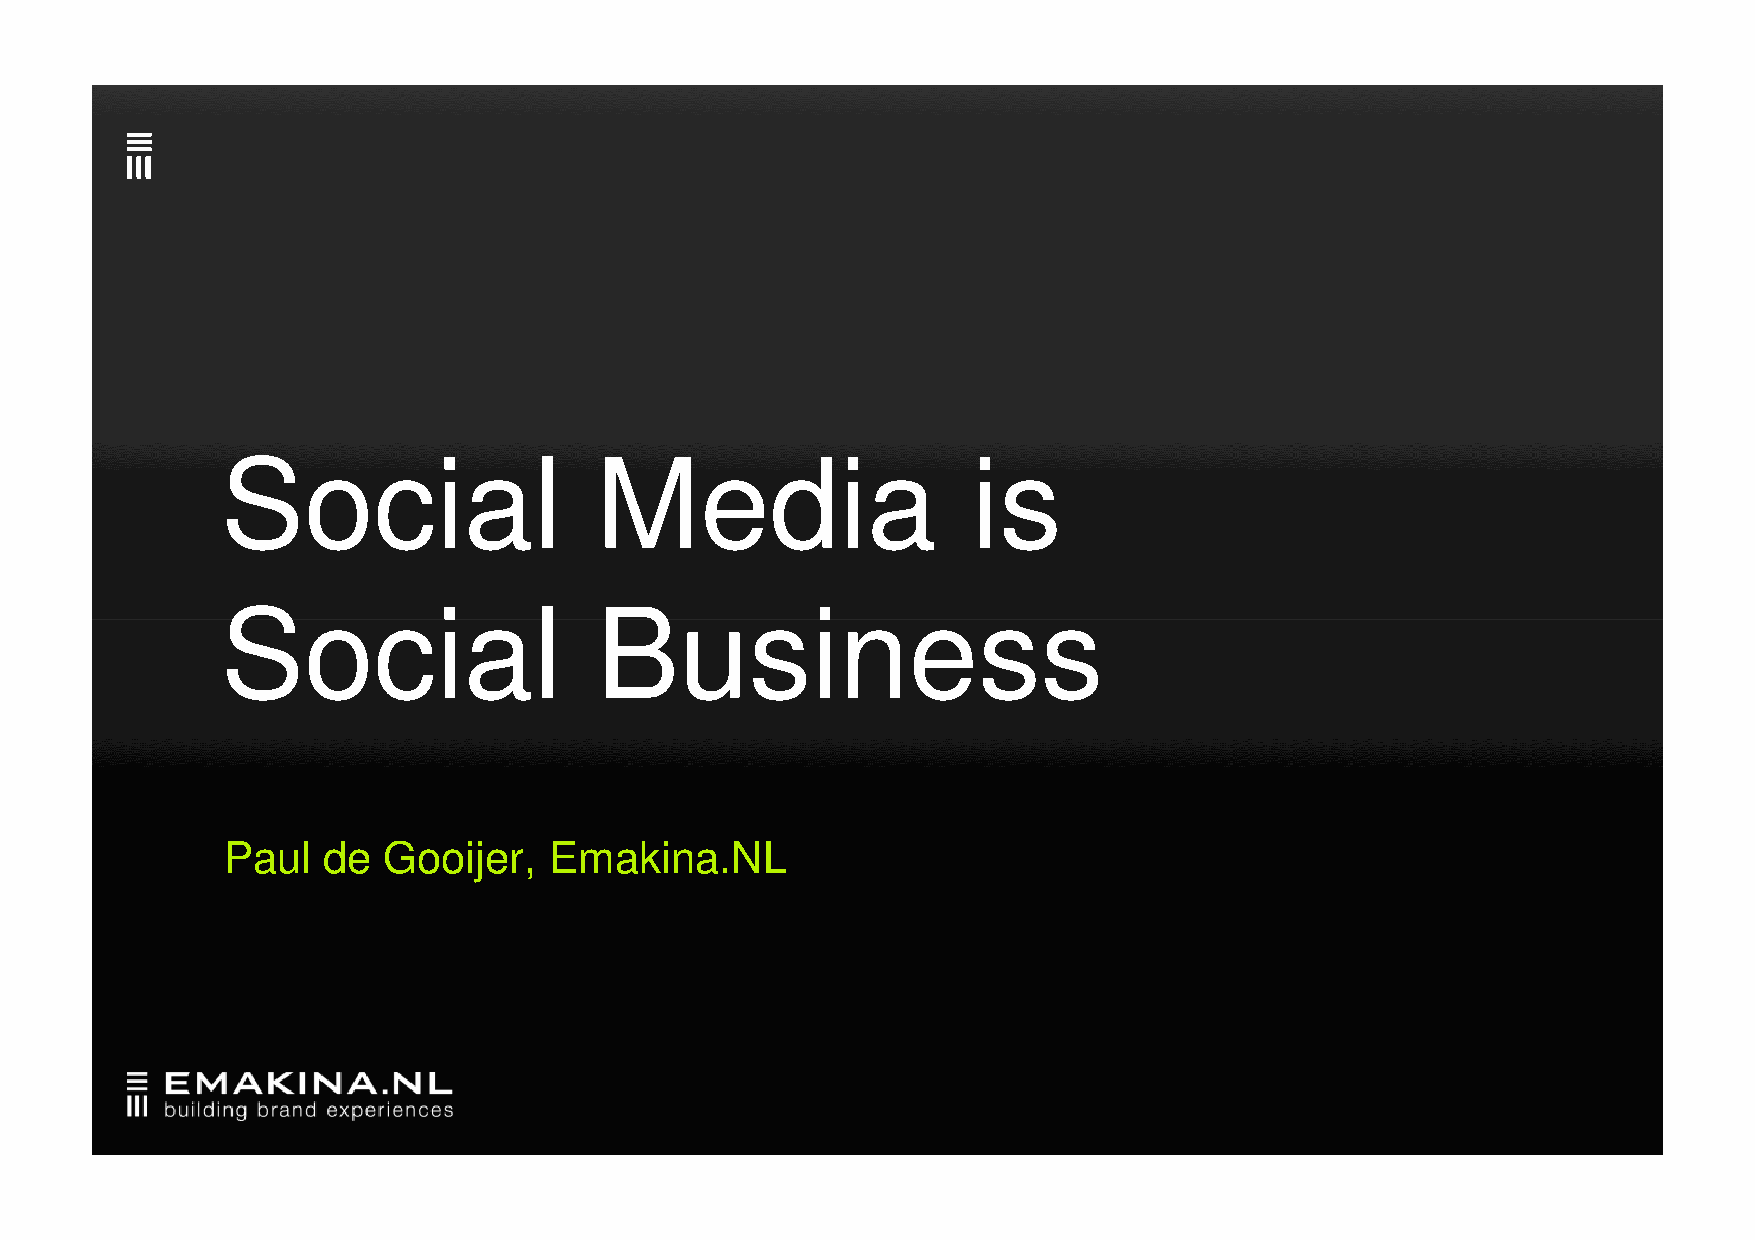
Social                  Media                    is
 SSoocciiaall            BBuussiinneessss
 Paul  de  Gooijer,   Emakina.NL